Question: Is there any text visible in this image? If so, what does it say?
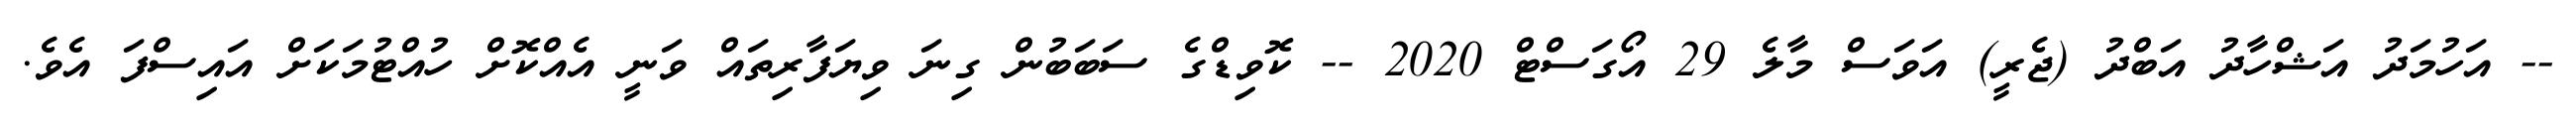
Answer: -- އަހުމަދު އަޝްހާދު އަބްދު (ޖެރީ) އަވަސް މާލެ 29 އޯގަސްޓް 2020 -- ކޮވިޑްގެ ސަބަބުން ގިނަ ވިޔަފާރިތައް ވަނީ އެއްކޮށް ހުއްޓުމަކަށް އައިސްފަ އެވެ.